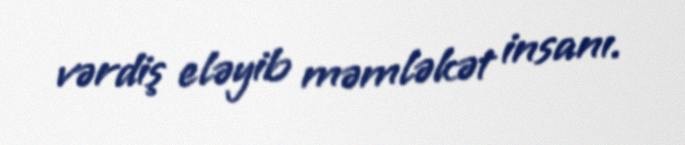
vərdiş eləyib məmləkət insanı.